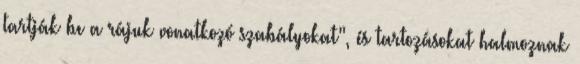
tartják be a rájuk vonatkozó szabályokat”, és tartozásokat halmoznak